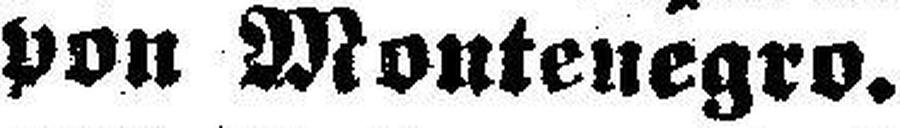
von Montenegro.